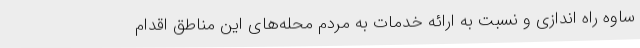
ساوه راه اندازی و نسبت به ارائه خدمات به مردم محله‌های این مناطق اقدام